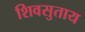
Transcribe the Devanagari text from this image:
शिवसुताय